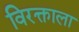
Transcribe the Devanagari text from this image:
विरक्ताला